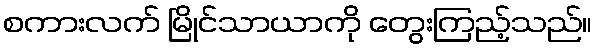
စကားလက် မြိုင်သာယာကို တွေးကြည့်သည်။